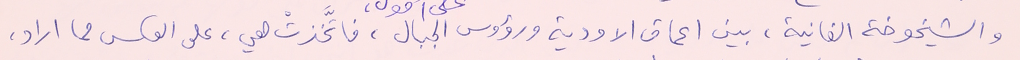
والشيخوخة الفانية، بين اعماق الاودية ورؤوس الجبال، فاتَّخذتْ هي، على عكس مما اراد،